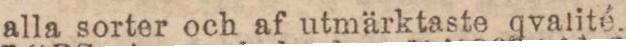
alla sorter och af utmärktaste qvalité.